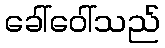
ခေါ်ဝေါ်သည်